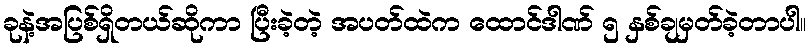
ခုနဲ့အပြစ်ရှိတယ်ဆိုကာ ပြီးခဲ့တဲ့ အပတ်ထဲက ထောင်ဒါဏ် ၅ နှစ်ချမှတ်ခဲ့တာပါ။